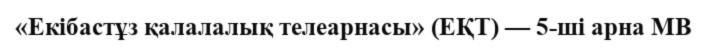
«Екiбастұз қалалалық телеарнасы» (ЕҚТ) — 5-шi арна МВ